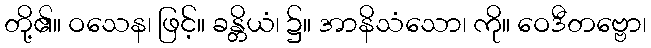
တို့၏။ ဝသေန၊ ဖြင့်။ ခန္တိယံ၊ ၌။ အာနိသံသော၊ ကို။ ဝေဒီတဗ္ဗော၊